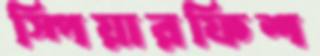
স্পিয়ারফিশ